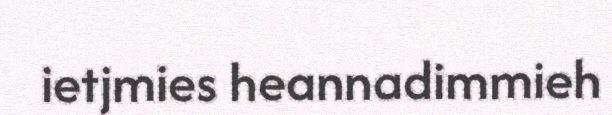
ietjmies heannadimmieh